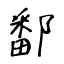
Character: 鄱